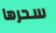
سحرها